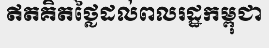
ឥតគិតថ្លៃដល់ពលរដ្ឋកម្ពុជា